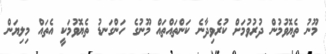
މޫނު ތެޔޮވުމުން ދުރުވުމަށް ކުރެވިދާނެ ކަންތައްތައް މޫނުގެ ހަންގަނޑު ތެޔޮވުމަކީ އެތައް މިލިޔަން